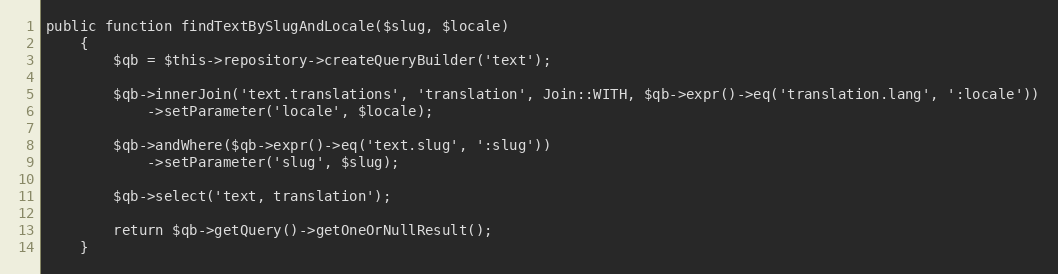
Language: PHP
public function findTextBySlugAndLocale($slug, $locale)
    {
        $qb = $this->repository->createQueryBuilder('text');

        $qb->innerJoin('text.translations', 'translation', Join::WITH, $qb->expr()->eq('translation.lang', ':locale'))
            ->setParameter('locale', $locale);

        $qb->andWhere($qb->expr()->eq('text.slug', ':slug'))
            ->setParameter('slug', $slug);

        $qb->select('text, translation');

        return $qb->getQuery()->getOneOrNullResult();
    }